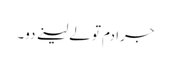
جرا دم تو لے لینے دو۔